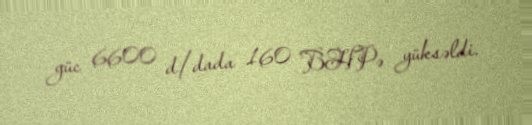
güc 6600 d/dada 160 BHPə yüksəldi.